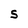
Character: S